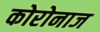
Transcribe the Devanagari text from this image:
कोरोनाज